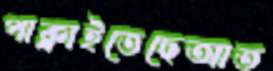
পাক্‌লাইতেছেআত